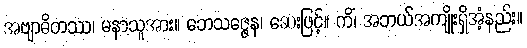
အဗျာဓိတဿ၊ မနာသူအား။ ဘေသဇ္ဇေန၊ ဆေးဖြင့်။ ကိံ၊ အဘယ်အကျိုးရှိအံ့နည်း။